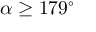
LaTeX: \alpha \geq 1 7 9 ^ { \circ }